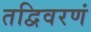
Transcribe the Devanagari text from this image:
तद्विवरणं